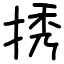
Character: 𢭆